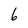
Character: 6